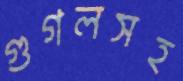
গুগলসহ